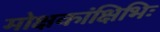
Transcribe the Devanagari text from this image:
मोक्षकांक्षिभिः